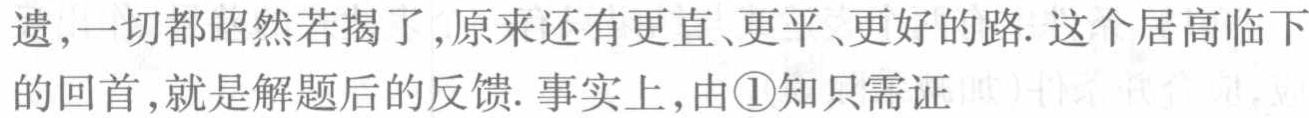
遗,一切都昭然若揭了,原来还有更直、更平、更好的路. 这个居高临下的回首,就是解题后的反馈. 事实上,由\textcircled{1}知只需证